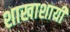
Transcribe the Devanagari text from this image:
शाखाशायी